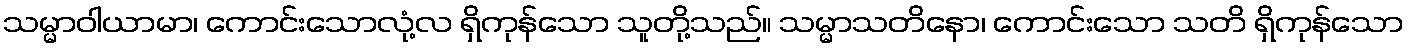
သမ္မာဝါယာမာ၊ ကောင်းသောလုံ့လ ရှိကုန်သော သူတို့သည်။ သမ္မာသတိနော၊ ကောင်းသော သတိ ရှိကုန်သော